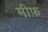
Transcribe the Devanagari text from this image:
मीफ़